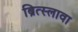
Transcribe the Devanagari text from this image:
ब्रित्स्लावा